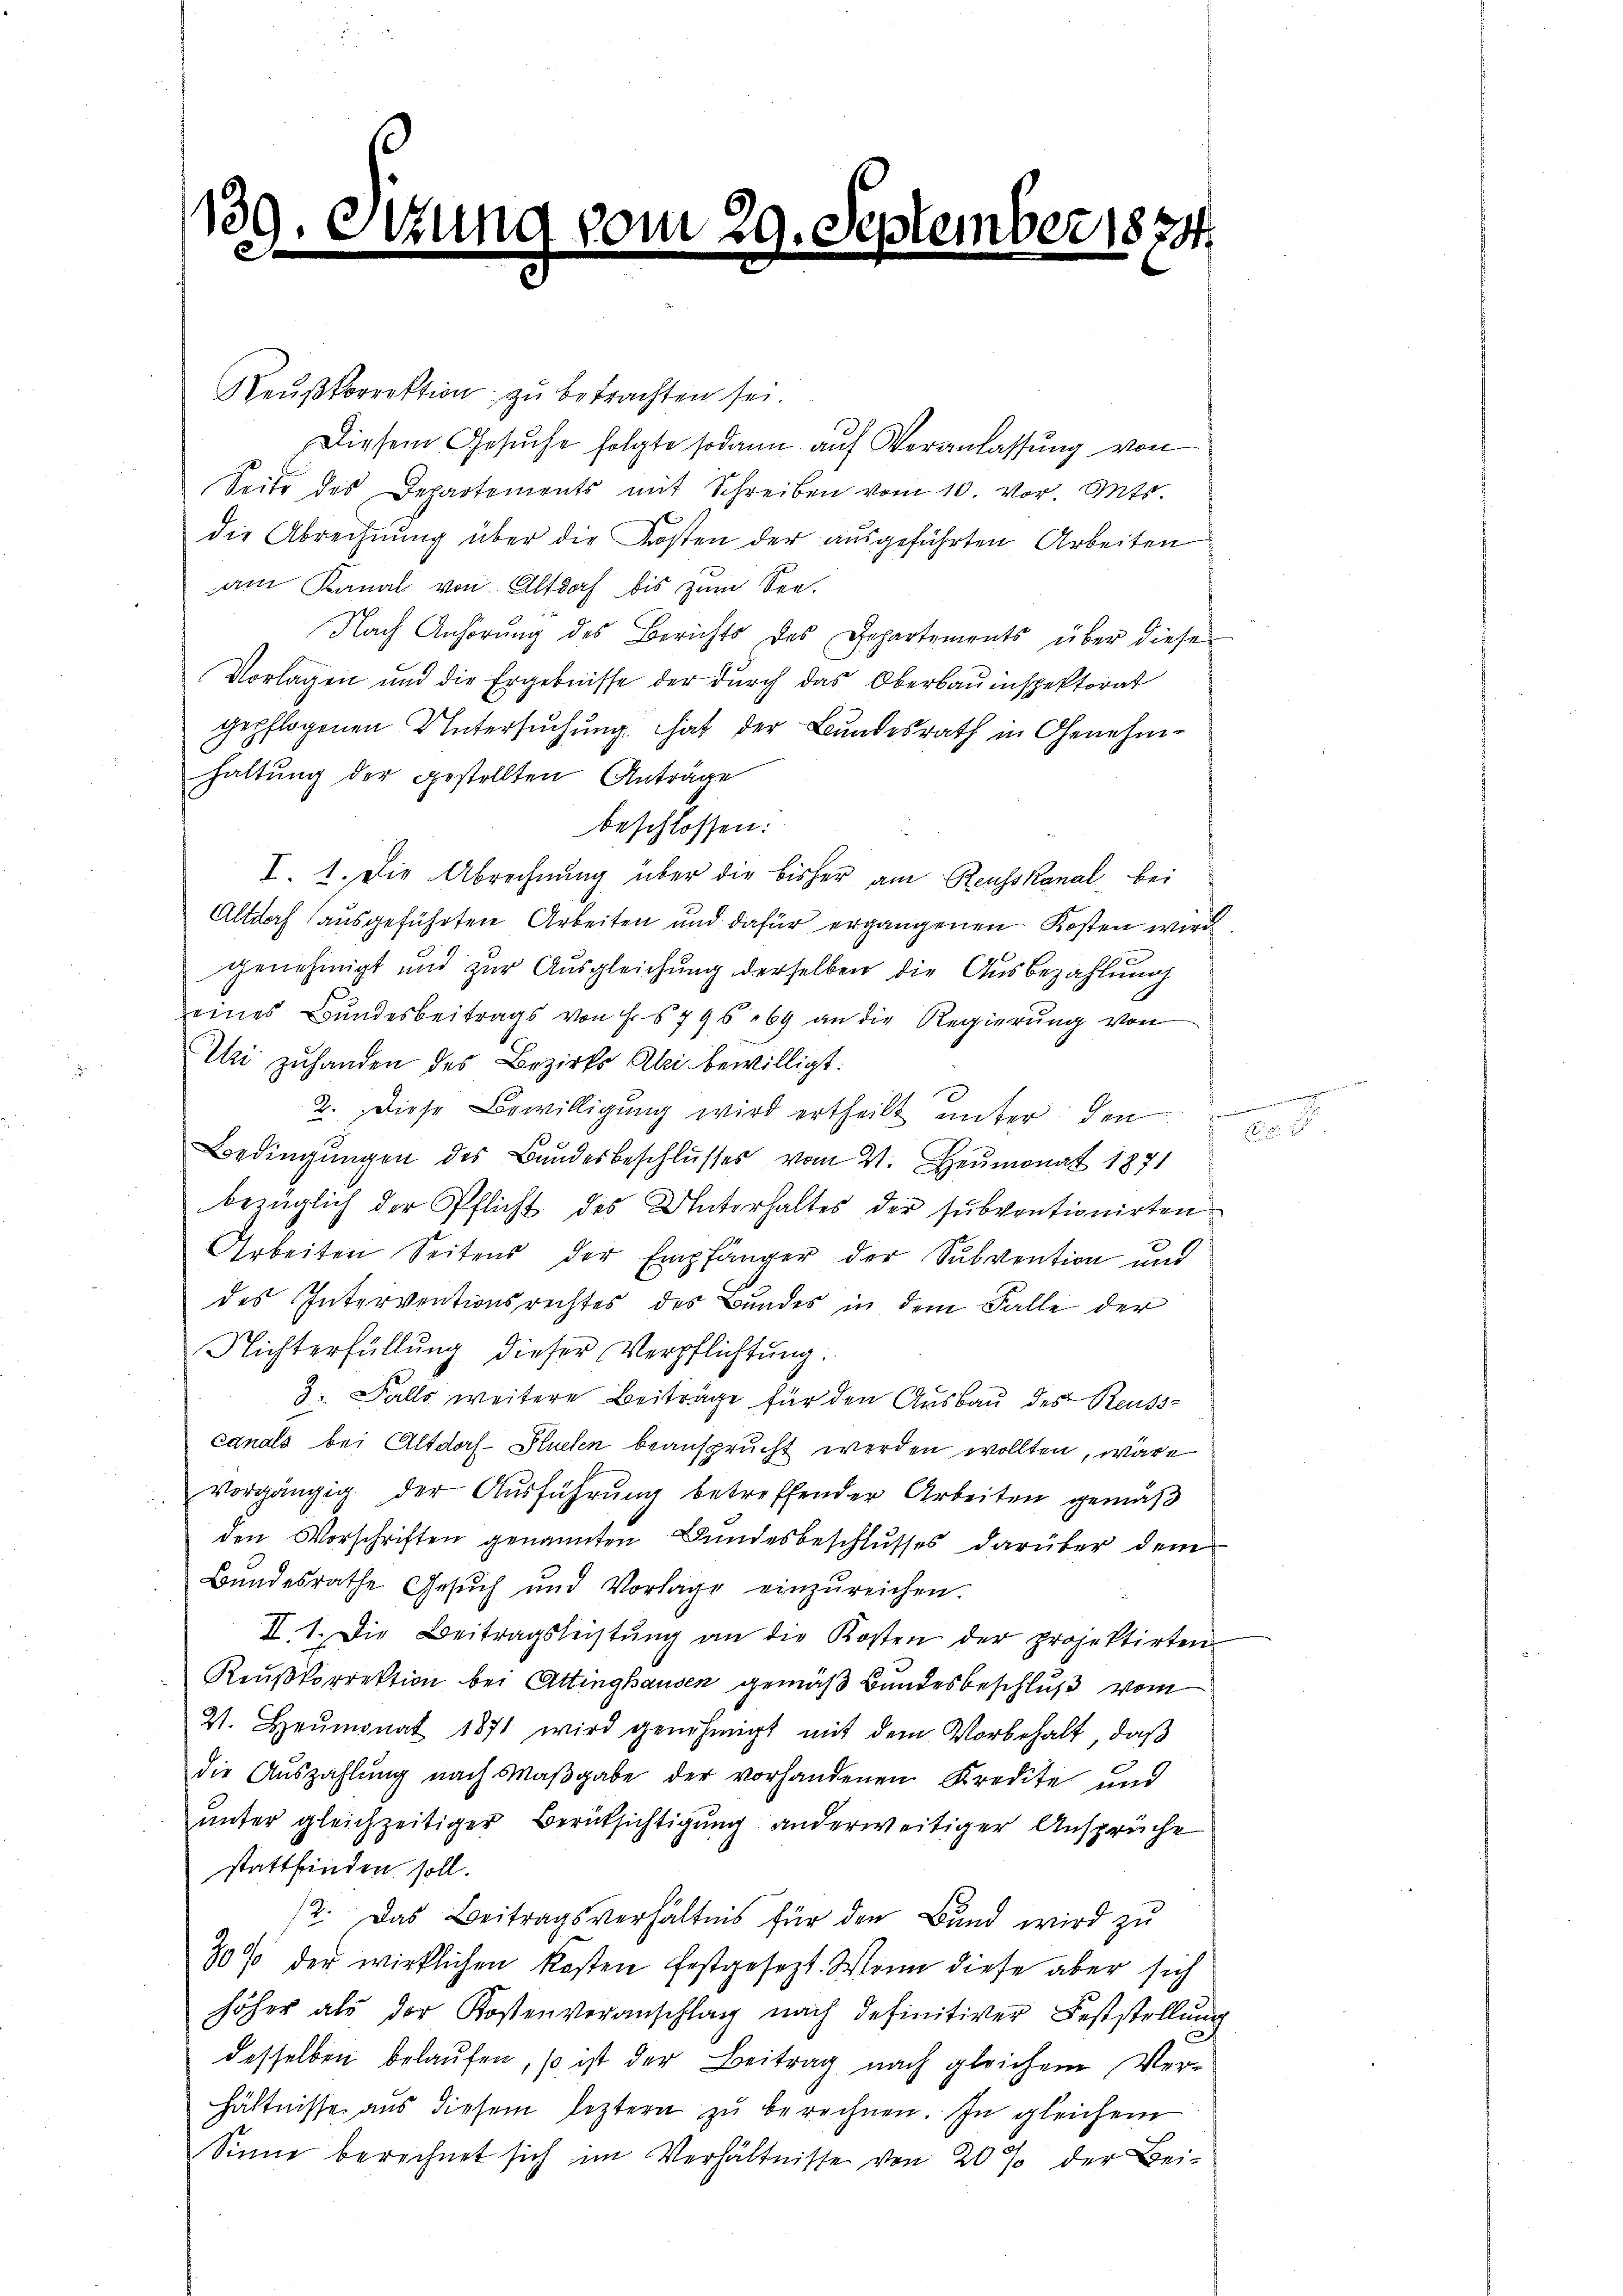
139. Ottung
.

Reußkorrektion zu betrachten sei.
Diesem Gesuche folgte sodann auf Veranlassung von
Seite des Departements mit Schreiben vom 10. vor. Mts.
die Abrechnung über die Kosten der ausgeführten Arbeiten
am Kanal von Altdoch bis zum See¬
Nach Anhörung des Berichts des Departements über diese
Vorlagen und die Ergebnisse der durch das Oberbauinspektorat
gepflogenen Untersuchung hat der Bundesrath in Genehmhaltung der gestellten Anträge
beschlossen:
I. 1. Die Abrechnung über die bisher am Reusskanal bei
Altdorf (ausgeführten Arbeiten und dafür ergangenen Kosten wird
.
genehmigt und zur Ausgleichung derselben die Ausbezahlung
eines Bundesbeitrags von Fr. § 796 69 an die Regierung von
Uhri zuhanden des Bezirks Ali bewilligt:
2. Diese Bewilligung wird ertheilt unter den mi
Bedingŭngen des Bundesbeschlŭsses vom 21. Heumonat 1871
bezüglich der Pflicht des Unterhaltes der subventionirten
Arbeiten Seitens der Empfänger der Subvention und
des Interventionsrechtes des Bundes in dem Falle der
Nichterfüllung dieser Verpflichtung.
3. Falls weitere Beiträge für den Ausbau des Reuss-
canals bei Altdorf- Plueten beansprucht werden wollten, wäre
vorgängig der Ausführung betreffender Arbeiten gemäß
den Vorschriften genannten Bundesbeschlusses darüber denen
Bundesrathe Gesŭch und Vorlage einzŭreichen.
II. 1. Die Beitragsleistŭng an die Kosten der projektirten
Reußkorrektion bei Attinghausen gemäß Bundesbeschluß vom
21. Heumonat 1871 wird genehmigt mit dem Vorbehalt, daß
die Aŭszahlŭng nach Maβgabe der vorhandenen Kredite und
unter gleichzeitiger Berücksichtigung anderweitiger Ansprüche
stattfinden soll.
2. Das Beitragsverhältnis für den Band wird zu
80% der wirklichen Kosten festgesezt. Wenn diese aber sich
höher als der Kostenvoranschlag nach definitiver Feststellung
desselben belaufen, so ist der Beitrag nach gleichem Verhältnisse aus diesem leztern zŭ berechnen. In gleichem
Sinne berechnet sich im Verhältnisse von 20 % der Bei¬

vom 29. September 1874.

xxx